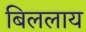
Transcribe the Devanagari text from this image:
बिललाय